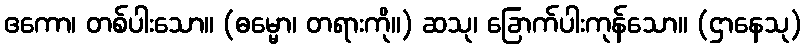
ဧကော၊ တစ်ပါးသော။ (ဓမ္မော၊ တရားကို။) ဆသု၊ ခြောက်ပါးကုန်သော။ (ဌာနေသု)